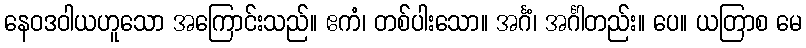
နေဝဒဝါယဟူသော အကြောင်းသည်။ ဧကံ၊ တစ်ပါးသော။ အင်္ဂံ၊ အင်္ဂါတည်း။ ပေ။ ယတြာစ မေ